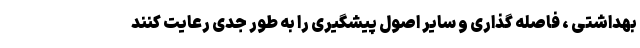
بهداشتی ، فاصله گذاری و سایر اصول پیشگیری را به طور جدی رعایت کنند